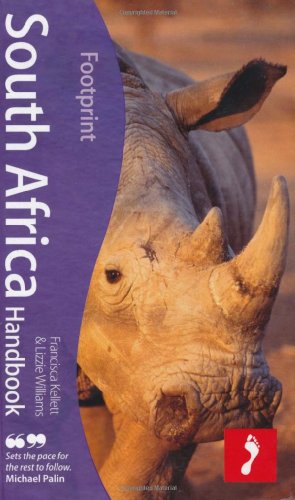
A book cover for South Africa Handbook, 10th: Travel guide to South Africa including Lesotho & Swaziland (Footprint South Africa Handbook); Lizzie Williams; Travel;